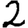
Digit: 2